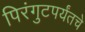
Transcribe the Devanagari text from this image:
पिरंगुटपर्यंतचे